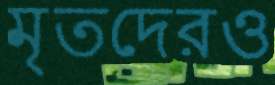
মৃতদেরও